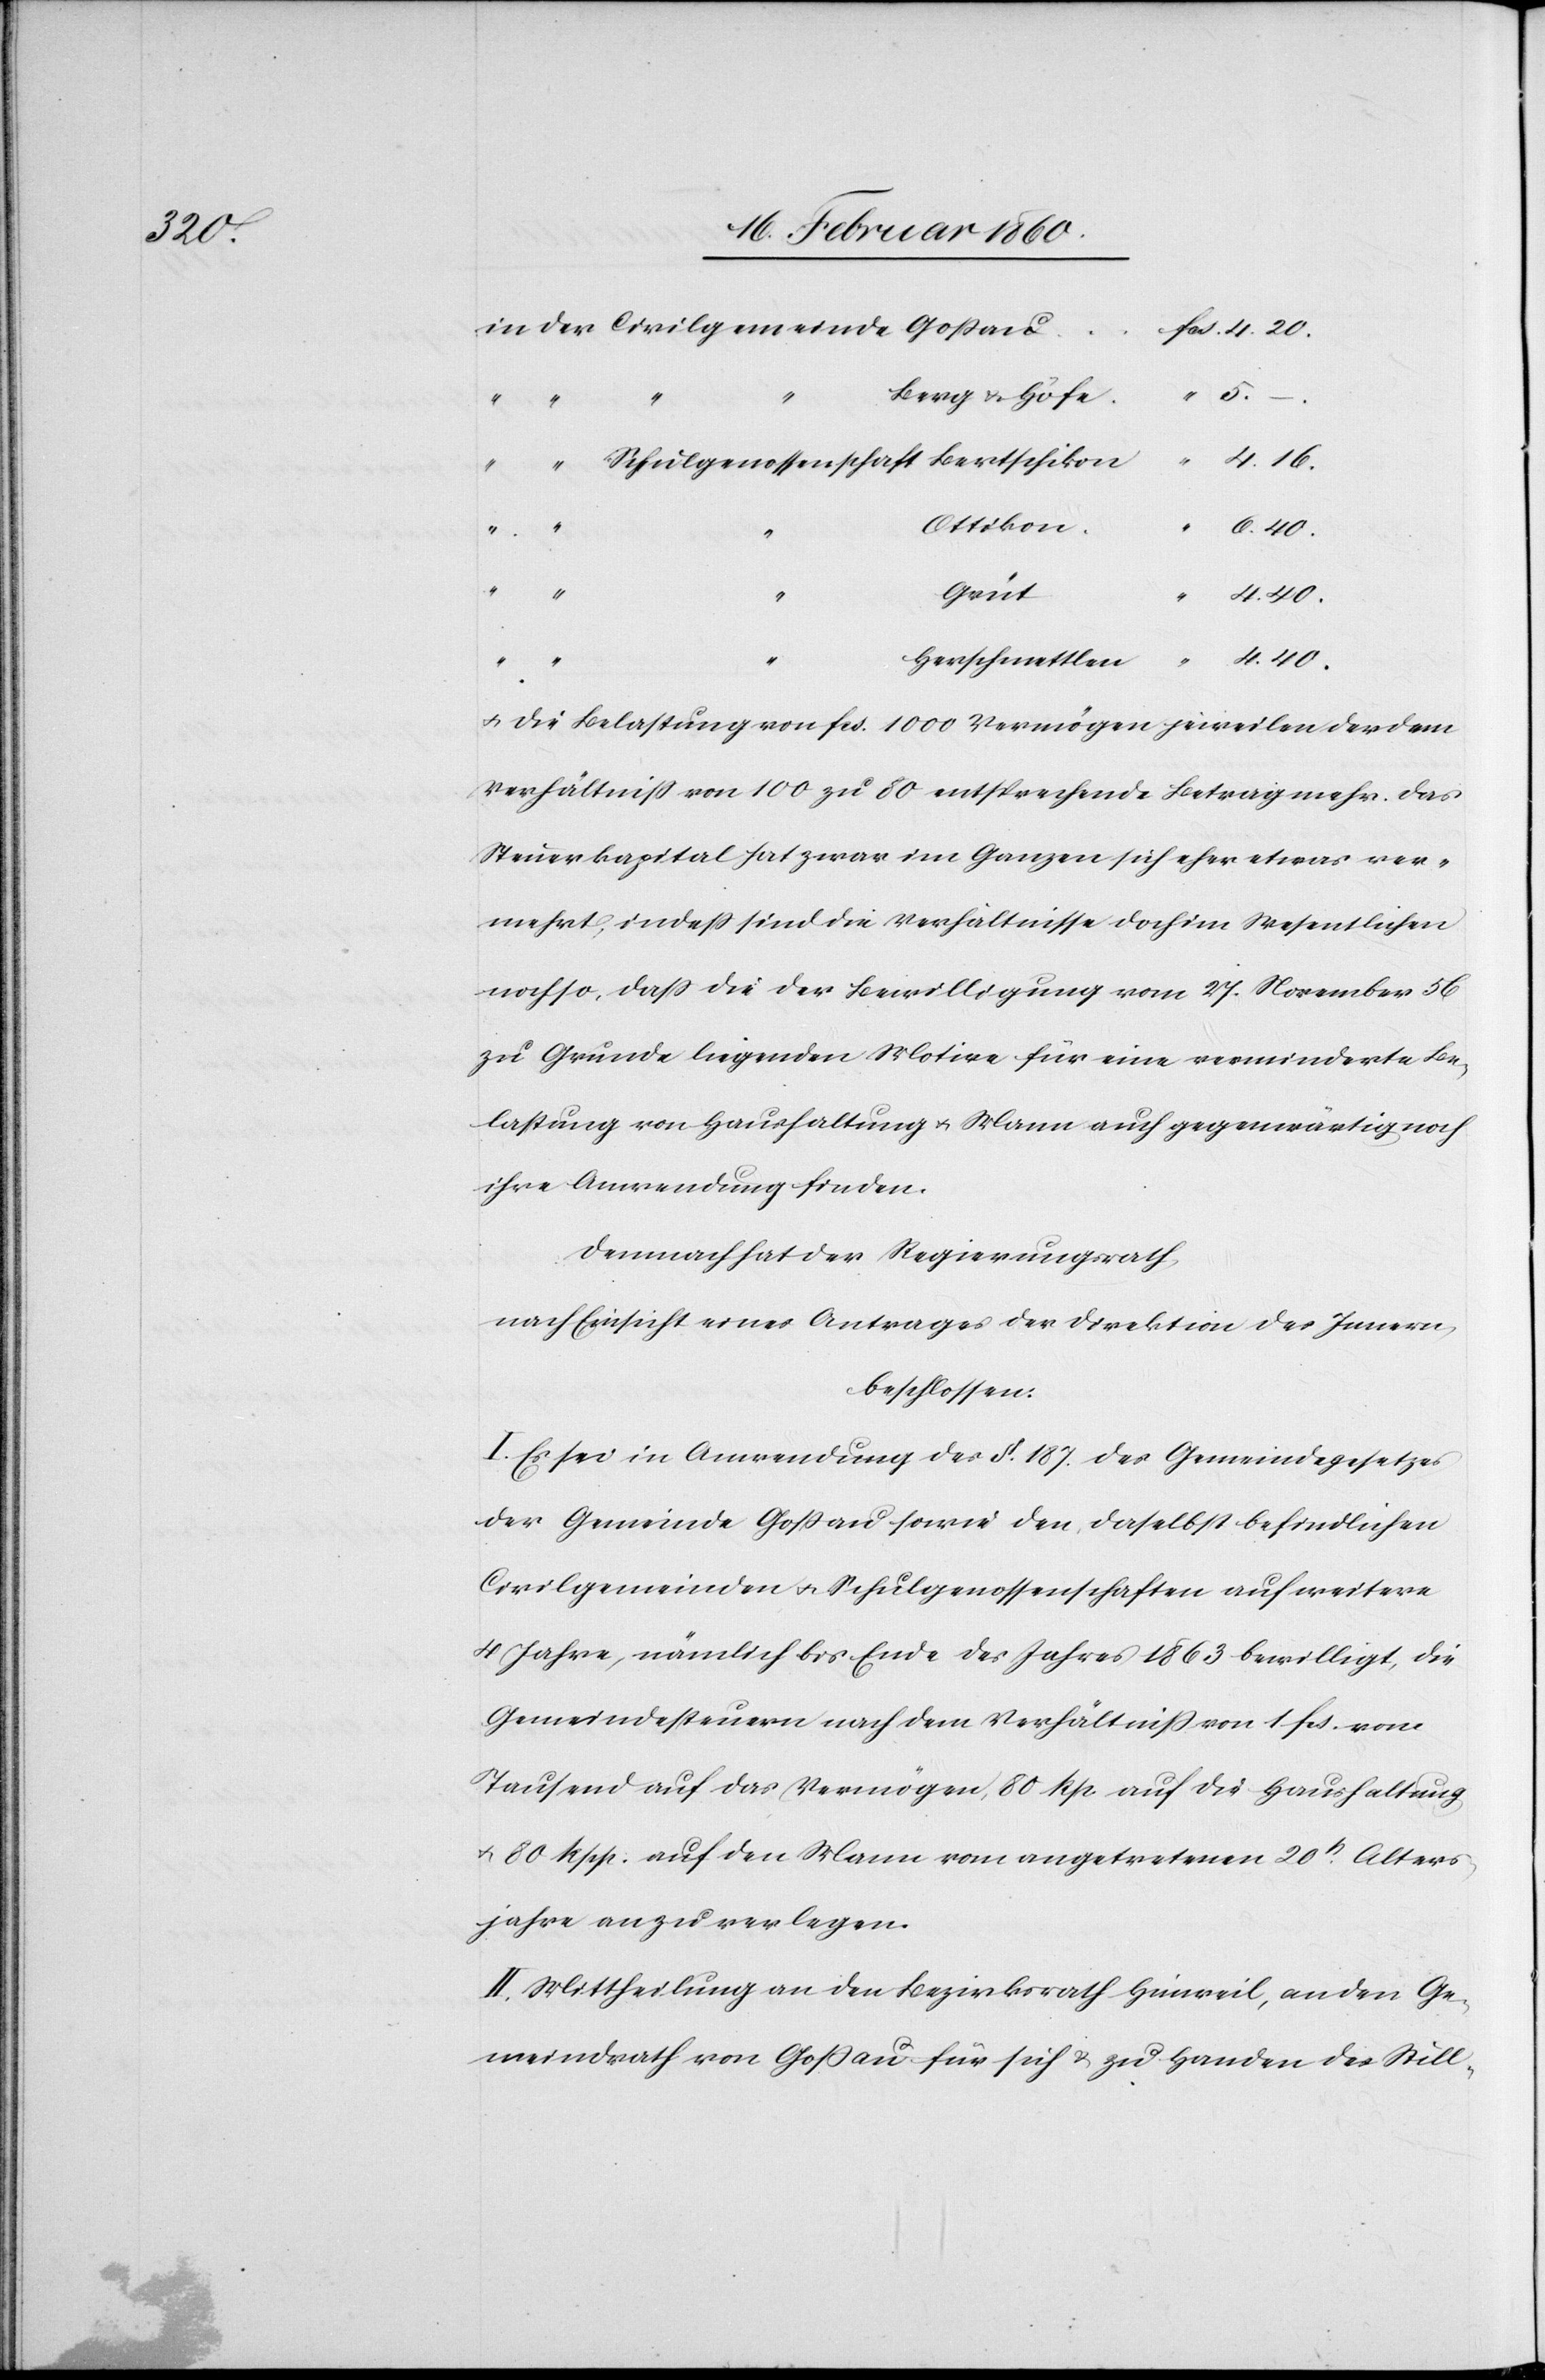
der

Berg u. Höfe
Ottikon
ttlen
4.
Grüt
4. 40.
u. die Belastung von fcs. 1000. Vermögen jeweilen der dem
Verhältniss von 100 zu 80 entsprechende Betrag mehr. Das
Steuerkapital hat zwar im Ganzen sich eher etwas ver¬
mehrt, indess sind die Verhältnisse doch im Wesentlichen
noch so, dass die der Bewilligung vom 27. November 56
zu Grunde liegenden Motive für eine verminderte Be¬
lastung von Haushaltung u. Mann auch gegenwärtig noch
ihre Anwendung finden.
Demnach hat der Regierungsrath,
nach Einsicht eines Antrages der Direktion des Innern,
beschlossen:
I. Es sei in Anwendung des §. 187. des Gemeindegesetzes
der Gemeinde Gossau sowie den daselbst befindlichen
Civilgemeinden u. Schulgenossenschaften auf weitere
4 Jahre, nämlich bis Ende des Jahres 1863 bewilligt, die
Gemeindesteuern nach dem Verhältniss von 1 fcs. vom
Tausend auf das Vermögen, 80 Rp. auf die Haushaltung
u. 80 Rpp. auf den Mann vom angetretenen 20t Alters¬
jahre an zu verlegen.
II. Mittheilung an den Bezirksrath Hinweil, an den Ge¬
meindrath von Gossau für sich u. zu Handen des Still-